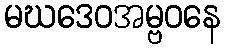
မဃဒေဝအမ္ဗဝနေ